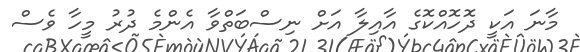
މާނަ އަކީ ދޮހޮއްކޮގެ އާއިލާ އަށް ނިސްބަތްވާ އެންމެ ދުރު މީހާ ވެސް